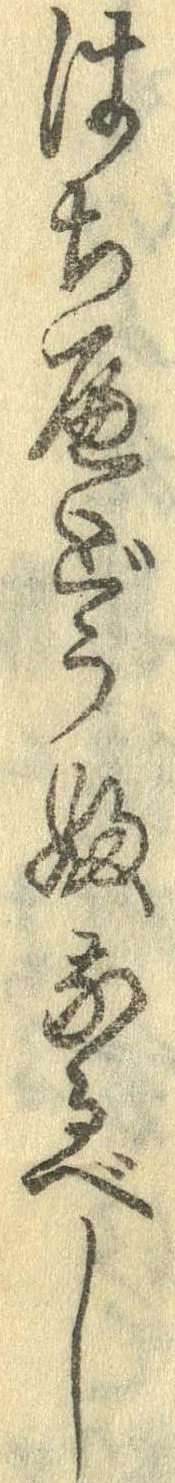
はちへどうふなるべし